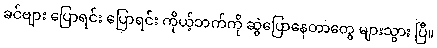
ခင်ဗျား ပြောရင်း ပြောရင်း ကိုယ့်ဘက်ကို ဆွဲပြောနေတာတွေ များသွား ပြီ။